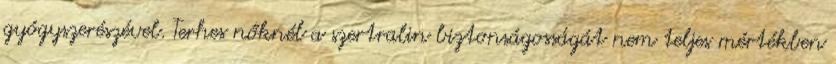
gyógyszerészével. Terhes nőknél a szertralin biztonságosságát nem teljes mértékben